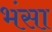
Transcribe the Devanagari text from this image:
भंसा